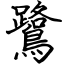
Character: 鷺